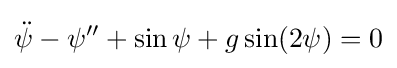
{\ddot {\psi }}-\psi ''+\sin \psi +g\sin(2\psi )=0